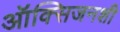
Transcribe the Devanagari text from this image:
ऑक्सिजनशी